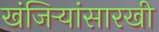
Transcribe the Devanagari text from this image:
खंजिऱ्यांसारखी